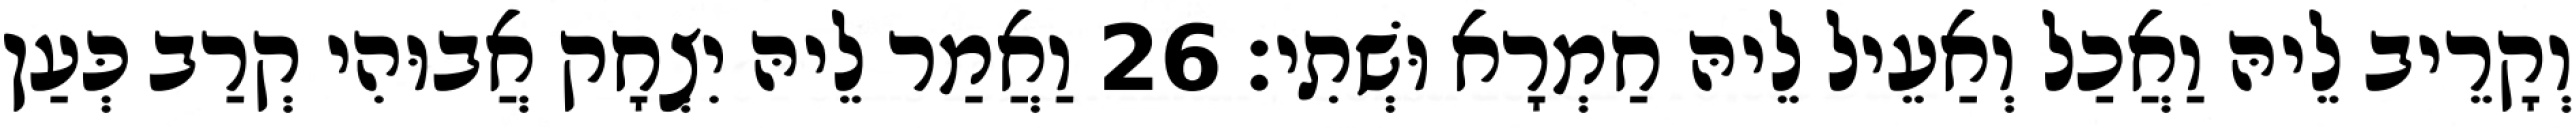
וְקָרֵיב לֵיהּ וַאֲכַל וְאַעֵיל לֵיהּ חַמְרָא וּשְׁתִי׃ 26 וַאֲמַר לֵיהּ יִצְחָק אֲבוּהִי קְרַב כְּעַן